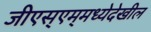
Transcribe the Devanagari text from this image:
जीएस्‌एम्‌मध्येदेखील